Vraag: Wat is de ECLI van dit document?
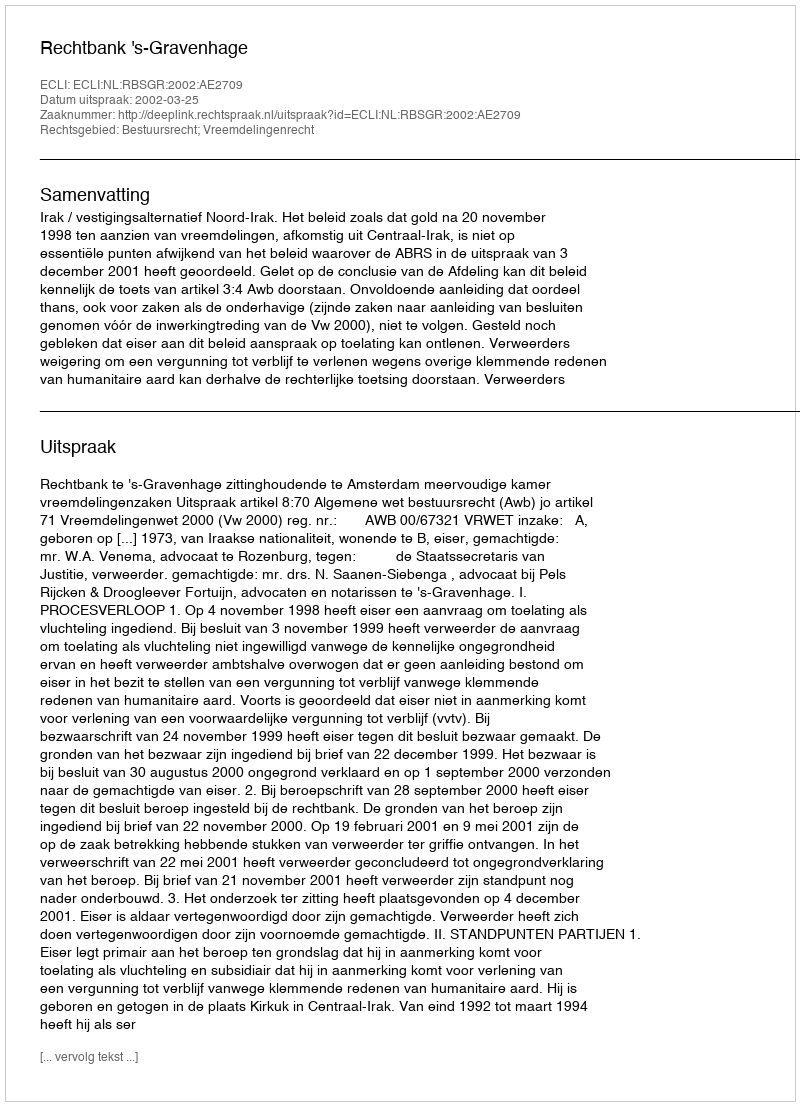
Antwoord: ECLI:NL:RBSGR:2002:AE2709